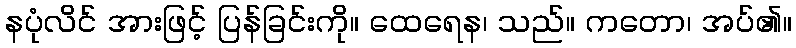
နပုံလိင် အားဖြင့် ပြန်ခြင်းကို။ ထေရေန၊ သည်။ ကတော၊ အပ်၏။